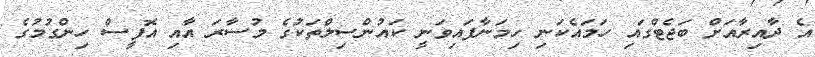
އެ ދާއިރާއަށް ބަޖެޓްގައި ހަމައެކަނި ހިމަނާފައިވަނީ ކައުންސިލްތަކުގެ މުސާރަ އާއި އޮފީސް ހިންގުމުގެ